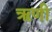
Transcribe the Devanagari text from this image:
ॠणी